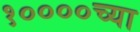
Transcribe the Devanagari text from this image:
१००००च्या